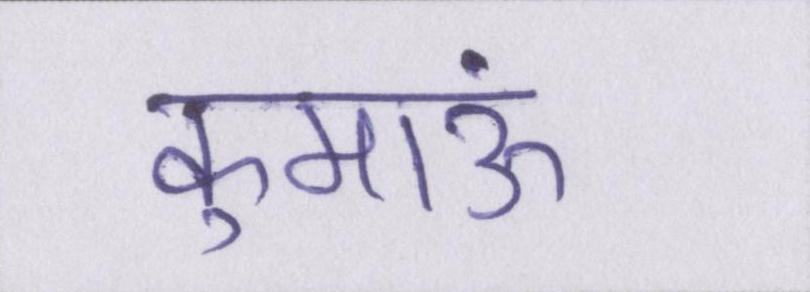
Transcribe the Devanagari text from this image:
कुमाऊं